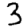
Digit: 3